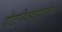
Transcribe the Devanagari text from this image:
पोटनिवडणुकांमध्ये